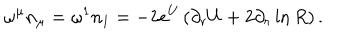
\omega ^ { \mu } n _ { \mu } = \omega ^ { 1 } n _ { 1 } = - 2 e ^ { U } \left( \partial _ { r } U + 2 \partial _ { r } \ln R \right) .